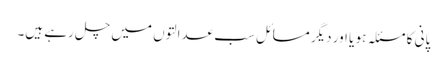
پانی کا مسئلہ ہو یا اور دیگر مسائل سب عدالتوں میں چل رہے ہیں۔